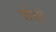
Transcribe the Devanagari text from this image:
पोस्टे